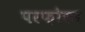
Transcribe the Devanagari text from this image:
परफ़ोरम